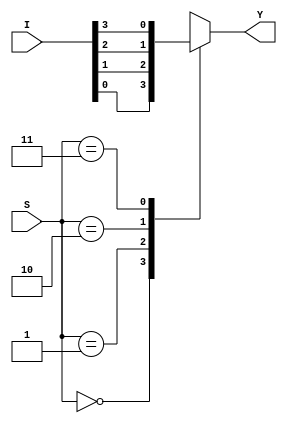
module mux4to1(I,S,Y);
input [3:0]I;
input [1:0] S;
output reg Y;

always @(I[3:0] or S)begin
	case(S)
		2'b00: Y=I[0];
		2'b01: Y=I[1];
		2'b10: Y=I[2];
		2'b11: Y=I[3];
	endcase
end

endmodule